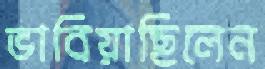
ভাবিয়াছিলেন